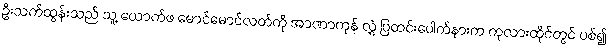
ဦးသက်ထွန်းသည် သူ့ ယောက်ဖ မောင်မောင်လတ်ကို အာဏာကုန် လွှဲ ပြတင်းပေါက်နားက ကုလားထိုင်တွင် ပစ်၍